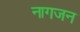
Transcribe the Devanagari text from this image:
नागजन